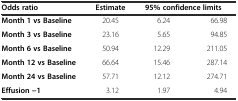
<table><thead><tr><td><b>Odds ratio</b></td><td><b>Estimate</b></td><td colspan="2"><b>95% confidence limits</b></td></tr></thead><tbody><tr><td><b>Month 1 vs Baseline</b></td><td>20.45</td><td>6.24</td><td>66.98</td></tr><tr><td><b>Month 3 vs Baseline</b></td><td>23.16</td><td>5.65</td><td>94.85</td></tr><tr><td><b>Month 6 vs Baseline</b></td><td>50.94</td><td>12.29</td><td>211.05</td></tr><tr><td><b>Month 12 vs Baseline</b></td><td>66.64</td><td>15.46</td><td>287.14</td></tr><tr><td><b>Month 24 vs Baseline</b></td><td>57.71</td><td>12.12</td><td>274.71</td></tr><tr><td><b>Effusion −1</b></td><td>3.12</td><td>1.97</td><td>4.94</td></tr></tbody></table>